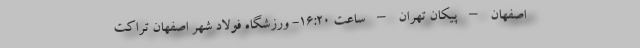
اصفهان – پیکان تهران – ساعت ۱۶:۲۰- ورزشگاه فولاد شهر اصفهان تراکت